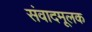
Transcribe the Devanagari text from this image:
संवादमूलक